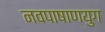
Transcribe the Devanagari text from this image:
नवपाषाणयुग